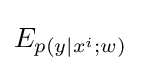
E_{p(y|x^{i};w)}